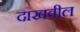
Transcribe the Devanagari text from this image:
दाखवील